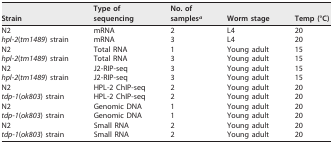
| Strain | Type of sequencing | No. of samplesa | Worm stage | Temp (°C) |
 | --- | --- | --- | --- | --- |
 | N2 | mRNA | 2 | L4 | 20 |
 | hpl-2(tm1489) strain | mRNA | 3 | L4 | 20 |
 | N2 | Total RNA | 1 | Young adult | 15 |
 | hpl-2(tm1489) strain | Total RNA | 3 | Young adult | 15 |
 | N2 | J2-RIP-seq | 3 | Young adult | 15 |
 | hpl-2(tm1489) strain | J2-RIP-seq | 3 | Young adult | 15 |
 | N2 | HPL-2 ChIP-seq | 2 | Young adult | 20 |
 | tdp-1(ok803) strain | HPL-2 ChIP-seq | 2 | Young adult | 20 |
 | N2 | Genomic DNA | 1 | Young adult | 20 |
 | tdp-1(ok803) strain | Genomic DNA | 1 | Young adult | 20 |
 | N2 | Small RNA | 2 | Young adult | 20 |
 | tdp-1(ok803) strain | Small RNA | 2 | Young adult | 20 |